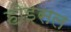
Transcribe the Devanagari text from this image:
होइसल